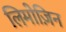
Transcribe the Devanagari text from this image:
लिमोज़िन